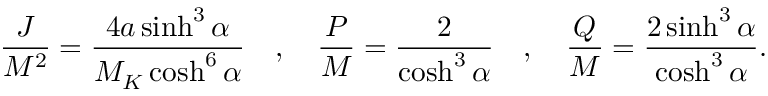
{ \frac { J } { M ^ { 2 } } } = { \frac { 4 a \sinh ^ { 3 } \alpha } { M _ { K } \cosh ^ { 6 } \alpha } } \quad , \quad { \frac { P } { M } } = { \frac { 2 } { \cosh ^ { 3 } \alpha } } \quad , \quad { \frac { Q } { M } } = { \frac { 2 \sinh ^ { 3 } \alpha } { \cosh ^ { 3 } \alpha } } .